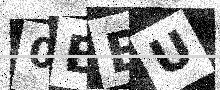
Text: 0BBU